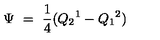
\Psi \ = \ \frac { 1 } { 4 } ( { Q _ { 2 } } ^ { 1 } - { Q _ { 1 } } ^ { 2 } )